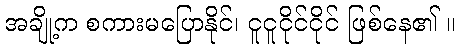
အချို့က စကားမပြောနိုင်၊ ငူငူငိုင်ငိုင် ဖြစ်နေ၏ ။